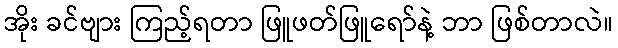
အိုး ခင်ဗျား ကြည့်ရတာ ဖြူဖတ်ဖြူရော်နဲ့ ဘာ ဖြစ်တာလဲ။